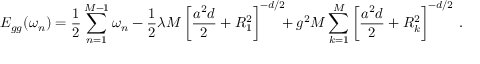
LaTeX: E _ { g g } ( \omega _ { n } ) = { \frac { 1 } { 2 } } \sum _ { n = 1 } ^ { M - 1 } \omega _ { n } - { \frac { 1 } { 2 } } \lambda M \left[ { \frac { a ^ { 2 } d } { 2 } } + R _ { 1 } ^ { 2 } \right] ^ { - d / 2 } \! \! \! + g ^ { 2 } M \sum _ { k = 1 } ^ { M } \left[ { \frac { a ^ { 2 } d } { 2 } } + R _ { k } ^ { 2 } \right] ^ { - d / 2 } \, .